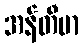
အန်တီမာ